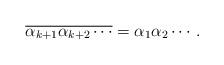
LaTeX: \begin{align*}\overline{\alpha_{k+1} \alpha_{k+2} \cdots} = \alpha_1 \alpha_2 \cdots.\end{align*}